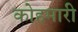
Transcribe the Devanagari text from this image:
कोहमारी